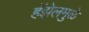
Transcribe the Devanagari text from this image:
हॅझेलमुळे